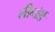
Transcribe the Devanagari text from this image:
लीनॉर्ड